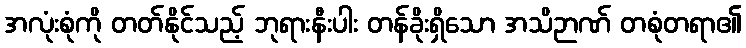
အလုံးစုံကို တတ်နိုင်သည့် ဘုရားနီးပါး တန်ခိုးရှိသော အသိဉာဏ် တစုံတရာ၏